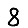
Digit: 8